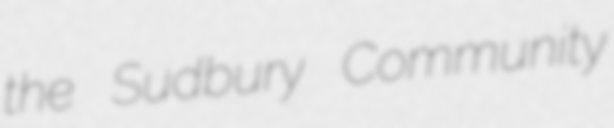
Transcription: the Sudbury Community